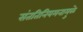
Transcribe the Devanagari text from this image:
संततिनियमनामुळे